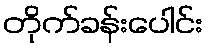
တိုက်ခန်းပေါင်း